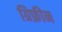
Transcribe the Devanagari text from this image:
ग्रिफ्रीन